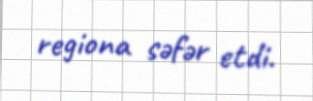
regiona səfər etdi.